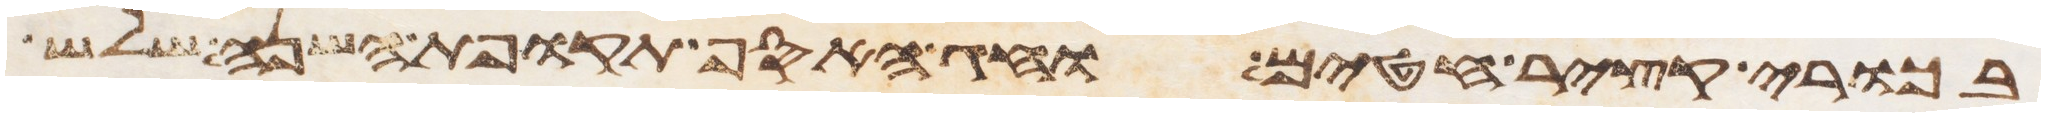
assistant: בכורי קציר חטים וחג האסף תקופת השנה שלש